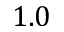
1 . 0